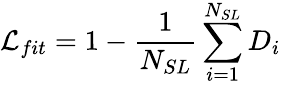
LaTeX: \mathcal{L}_{fit}=1-\frac{1}{N_{SL}}\sum_{i=1}^{N_{SL}}D_{i}